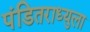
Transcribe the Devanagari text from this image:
पंडितराध्युला